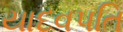
યાદવપતિ